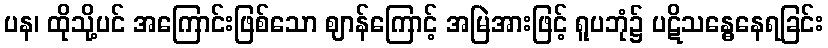
ပန၊ ထိုသို့ပင် အကြောင်းဖြစ်သော ဈာန်ကြောင့် အမြဲအားဖြင့် ရူပဘုံ၌ ပဋိသန္ဓေနေရခြင်း